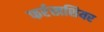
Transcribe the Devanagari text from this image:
फर्रखशियर